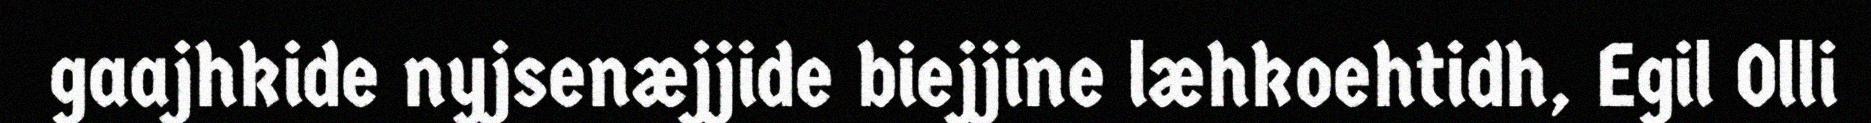
gaajhkide nyjsenæjjide biejjine læhkoehtidh, Egil Olli